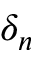
\delta _ { n }